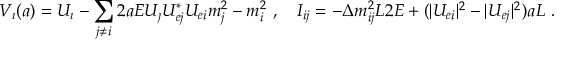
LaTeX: V _ { \a i } ( a ) = U _ { \a i } - \sum _ { j \not = i } ^ { } 2 a E { U _ { \a j } U _ { e j } ^ { * } U _ { e i } \o m _ { j } ^ { 2 } - m _ { i } ^ { 2 } } \ , \quad I _ { i j } = - { \Delta m _ { i j } ^ { 2 } L \o 2 E } + ( | U _ { e i } | ^ { 2 } - | U _ { e j } | ^ { 2 } ) a L \ .